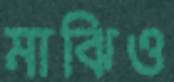
মাঝিও